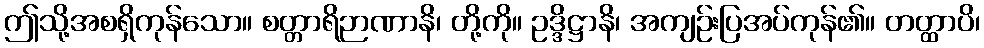
ဤသို့အစရှိကုန်သော။ စတ္တာရိဉာဏာနိ၊ တို့ကို။ ဥဒ္ဒိဋ္ဌာနိ၊ အကျဉ်းပြအပ်ကုန်၏။ တတ္ထာပိ၊